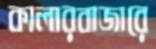
কালারবাজারে